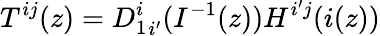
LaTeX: T^{ij}(z)={D_{1}^{i}}_{i^{\prime}}(I^{-1}(z))H^{i^{\prime}j}(i(z))